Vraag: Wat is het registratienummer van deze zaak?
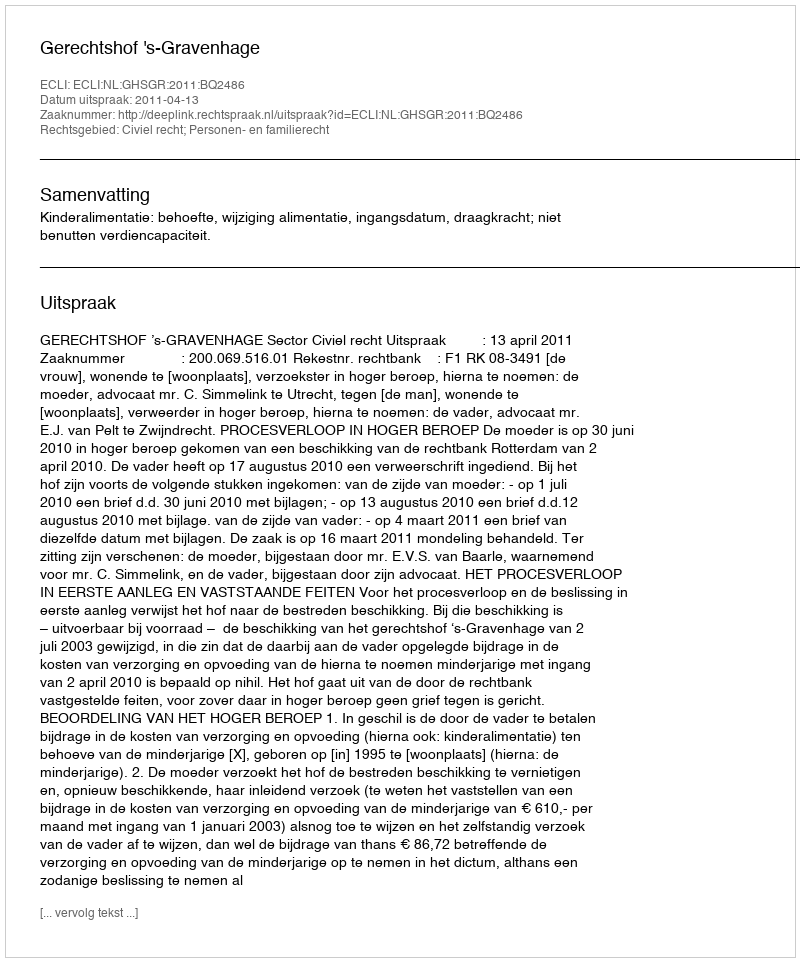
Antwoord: http://deeplink.rechtspraak.nl/uitspraak?id=ECLI:NL:GHSGR:2011:BQ2486